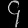
Digit: ၄